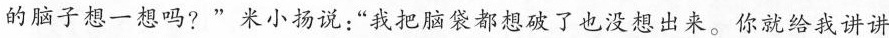
的脑子想一想吗?”米小扬说:“我把脑袋都想破了也没想出来。你就给我讲讲